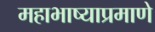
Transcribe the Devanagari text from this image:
महाभाष्याप्रमाणे